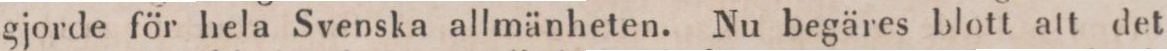
gjorde för hela Svenska allmänheten. Nu begäres blott att det